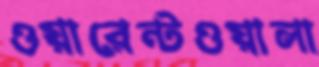
ওয়ারেন্টওয়ালা